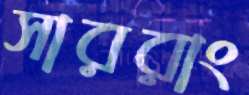
সাররাং